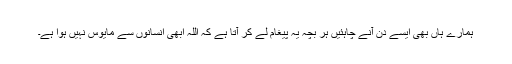
ہمارے ہاں بھی ایسے دن آنے چاہئیں ہر بچہ یہ پیغام لے کر آتا ہے کہ اللہ ابھی انسانوں سے مایوس نہیں ہوا ہے۔